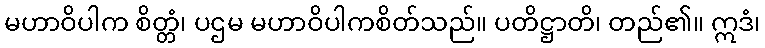
မဟာဝိပါက စိတ္တံ၊ ပဌမ မဟာဝိပါကစိတ်သည်။ ပတိဋ္ဌာတိ၊ တည်၏။ ဣဒံ၊